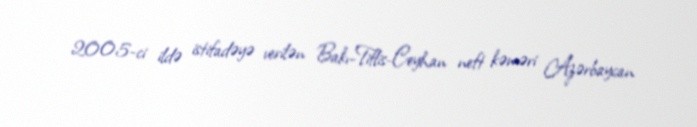
2005-ci ildə istifadəyə verilən Bakı-Tiflis-Ceyhan neft kəməri Azərbaycan